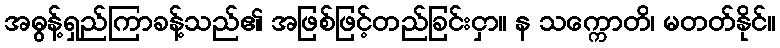
အဓွန့်ရှည်ကြာခန့်သည်၏ အဖြစ်ဖြင့်တည်ခြင်းငှာ။ န သက္ကောတိ၊ မတတ်နိုင်။